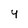
Character: P